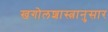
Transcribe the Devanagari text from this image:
खगोलशास्त्रानुसार